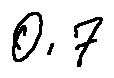
0 . 7